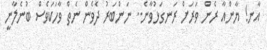
އާނ! ޔާންއާ ރެން ވަރަށް ރަނގަޅުވާނެ.. ނަންބަރު ދެވެން ނެތް ވާހަކަވެސް ބުނެލާނީ